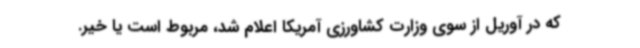
که در آوریل از سوی وزارت کشاورزی آمریکا اعلام شد، مربوط است یا خیر.